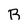
Character: B